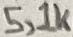
Text: 5,1K